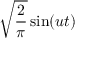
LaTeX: { \sqrt { \frac { 2 } { \pi } } } \sin ( u t )